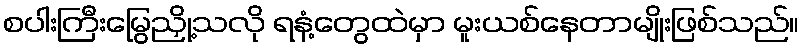
စပါးကြီးမြွေညှို့သလို ရနံ့တွေထဲမှာ မူးယစ်နေတာမျိုးဖြစ်သည်။